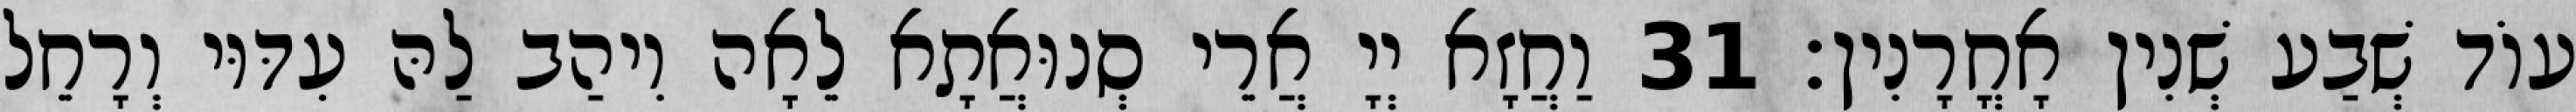
עוֹד שְׁבַע שְׁנִין אָחֳרָנִין׃ 31 וַחֲזָא יְיָ אֲרֵי סְנוּאֲתָא לֵאָה וִיהַב לַהּ עִדּוּי וְרָחֵל